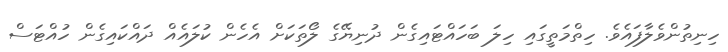
ހިނިތުންވެލާފައެވެ. ހިތްމަތީގައި ހިލަ ބަހައްޓައިގެން ދުނިޔޭގެ ލޯތަކަށް އެހެން ކުލައެއް ދައްކައިގެން ހުއްޓަސް